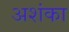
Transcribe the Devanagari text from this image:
अशंका